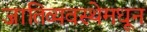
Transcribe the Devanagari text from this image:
जातिव्यवस्थेमधून